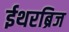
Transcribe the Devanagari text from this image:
ईथरब्रिज